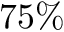
7 5 \%